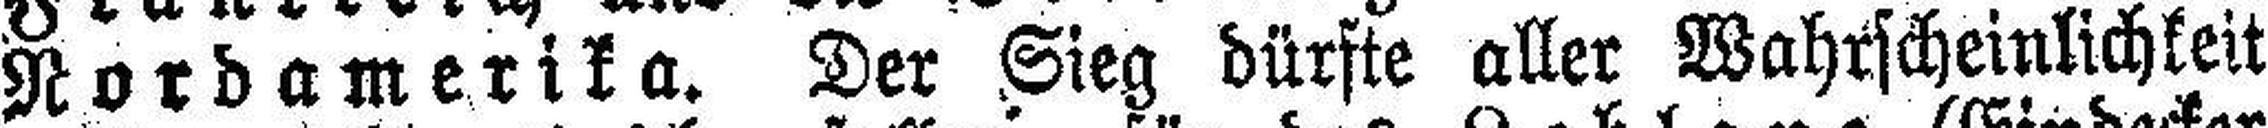
Nordamerika. Der Sieg dürfte aller Wahrscheinlichkeit